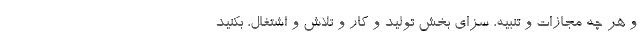
و هر چه مجازات و تنبیه، سزای بخش تولید و کار و تلاش و اشتغال، بکنید